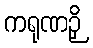
ကရုဏဉှိ